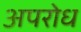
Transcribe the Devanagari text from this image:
अपरोध